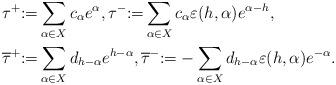
LaTeX: \begin{align*}&\tau^+{:=}\sum_{\alpha{\in}X}c_{\alpha}e^{\alpha}, \tau^-{:=}\sum_{\alpha{\in}X} c_{\alpha}\varepsilon(h, \alpha)e^{\alpha-h},\\ &\overline{\tau}^+{:=}\sum_{\alpha\in X} d_{h{-}\alpha}e^{h-\alpha}, \overline{\tau}^-{:=}-\sum_{\alpha\in X} d_{h-\alpha}\varepsilon(h, \alpha)e^{-\alpha}.\end{align*}